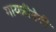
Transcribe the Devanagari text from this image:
गायत्रीदेवी